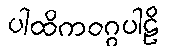
ပါထိကဝဂ္ဂပါဠိ